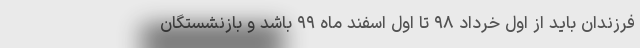
فرزندان باید از اول خرداد ۹۸ تا اول اسفند ماه ۹۹ باشد و بازنشستگان